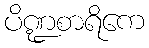
ပိဏ္ဍစာရိကေ